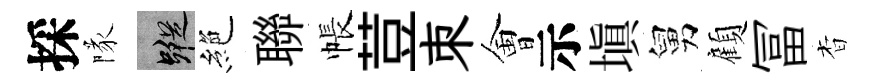
採隊蹤絶聯帳荳朿㑹示塡舅顧冨杳